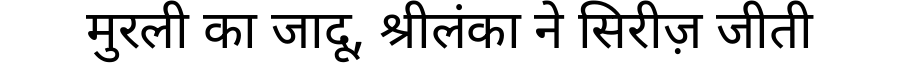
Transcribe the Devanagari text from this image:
मुरली का जादू, श्रीलंका ने सिरीज़ जीती